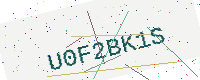
Text: U0F2BK1S